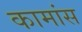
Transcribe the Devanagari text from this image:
कामांस